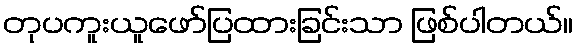
တုပကူးယူဖော်ပြထားခြင်းသာ ဖြစ်ပါတယ်။